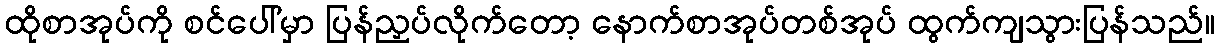
ထိုစာအုပ်ကို စင်ပေါ်မှာ ပြန်ညှပ်လိုက်တော့ နောက်စာအုပ်တစ်အုပ် ထွက်ကျသွားပြန်သည်။